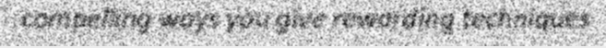
compelling ways you give rewarding techniques